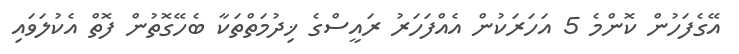
އޭގެފަހުން ކޮންމެ 5 އަހަރަކުން އެއްފަހަރު ރައީސްގެ ޚިދުމަތްތަކާ ބެހޭގޮތުން ފޮތް އެކުލަވައި